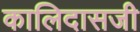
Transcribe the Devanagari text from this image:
कालिदासजी